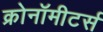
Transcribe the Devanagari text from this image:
क्रोनॉमीटर्स